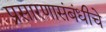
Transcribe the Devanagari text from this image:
प्रसारणासंबंधीचे